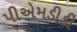
પીએમડીડી